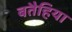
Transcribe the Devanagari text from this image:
बतैहिया